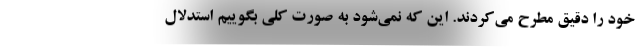
خود را دقیق مطرح می‌کردند. این که نمی‌شود به صورت کلی بگوییم استدلال